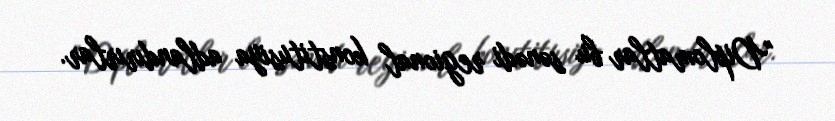
"Diplomatlar bu sənədi regional konstitusiya adlandırırlar.